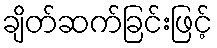
ချိတ်ဆက်ခြင်းဖြင့်